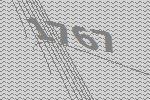
1767